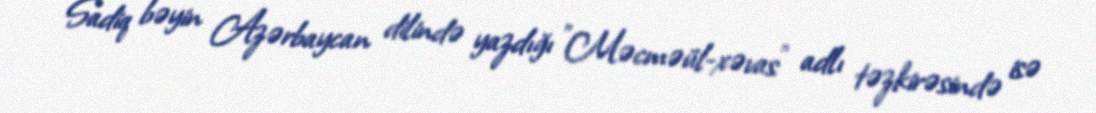
Sadiq bəyin Azərbaycan dilində yazdığı "Məcməül-xəvas" adlı təzkirəsində isə